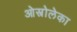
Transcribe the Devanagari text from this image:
ओस्त्रोलेका